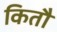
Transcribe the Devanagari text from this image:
कितौ